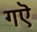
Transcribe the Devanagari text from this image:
गऎ